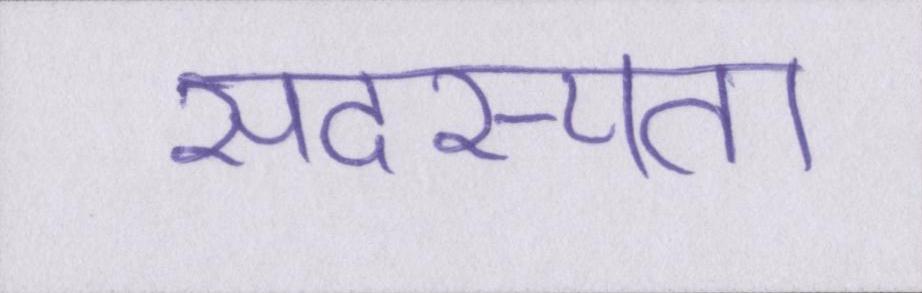
सदस्यता